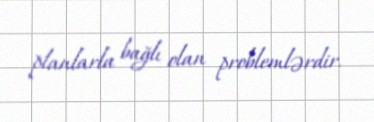
planlarla bağlı olan problemlərdir.